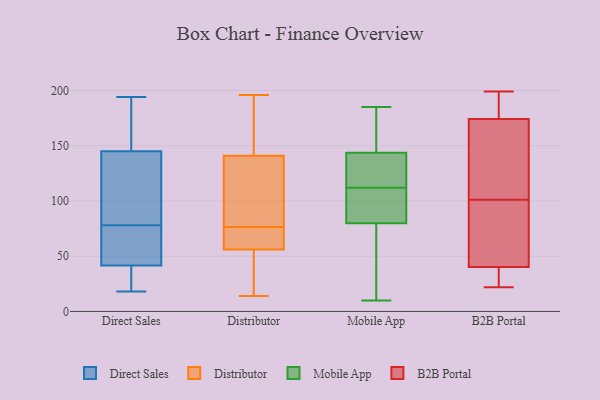
{"axis": {"x": "Shipments", "y": "Value"}, "legend": ["B2B Portal", "Direct Sales", "Distributor", "Mobile App"], "data": [{"x": "", "y": 104, "type": "Direct Sales"}, {"x": "", "y": 20, "type": "Direct Sales"}, {"x": "", "y": 18, "type": "Direct Sales"}, {"x": "", "y": 77, "type": "Direct Sales"}, {"x": "", "y": 50, "type": "Direct Sales"}, {"x": "", "y": 36, "type": "Direct Sales"}, {"x": "", "y": 132, "type": "Direct Sales"}, {"x": "", "y": 51, "type": "Direct Sales"}, {"x": "", "y": 194, "type": "Direct Sales"}, {"x": "", "y": 34, "type": "Direct Sales"}, {"x": "", "y": 162, "type": "Direct Sales"}, {"x": "", "y": 79, "type": "Direct Sales"}, {"x": "", "y": 33, "type": "Direct Sales"}, {"x": "", "y": 172, "type": "Direct Sales"}, {"x": "", "y": 186, "type": "Direct Sales"}, {"x": "", "y": 116, "type": "Direct Sales"}, {"x": "", "y": 47, "type": "Direct Sales"}, {"x": "", "y": 158, "type": "Direct Sales"}, {"x": "", "y": 66, "type": "Direct Sales"}, {"x": "", "y": 96, "type": "Direct Sales"}, {"x": "", "y": 51, "type": "Distributor"}, {"x": "", "y": 67, "type": "Distributor"}, {"x": "", "y": 98, "type": "Distributor"}, {"x": "", "y": 97, "type": "Distributor"}, {"x": "", "y": 74, "type": "Distributor"}, {"x": "", "y": 55, "type": "Distributor"}, {"x": "", "y": 79, "type": "Distributor"}, {"x": "", "y": 14, "type": "Distributor"}, {"x": "", "y": 196, "type": "Distributor"}, {"x": "", "y": 111, "type": "Distributor"}, {"x": "", "y": 57, "type": "Distributor"}, {"x": "", "y": 171, "type": "Distributor"}, {"x": "", "y": 72, "type": "Distributor"}, {"x": "", "y": 172, "type": "Distributor"}, {"x": "", "y": 36, "type": "Distributor"}, {"x": "", "y": 177, "type": "Distributor"}, {"x": "", "y": 155, "type": "Mobile App"}, {"x": "", "y": 101, "type": "Mobile App"}, {"x": "", "y": 95, "type": "Mobile App"}, {"x": "", "y": 185, "type": "Mobile App"}, {"x": "", "y": 65, "type": "Mobile App"}, {"x": "", "y": 10, "type": "Mobile App"}, {"x": "", "y": 136, "type": "Mobile App"}, {"x": "", "y": 174, "type": "Mobile App"}, {"x": "", "y": 112, "type": "Mobile App"}, {"x": "", "y": 123, "type": "Mobile App"}, {"x": "", "y": 70, "type": "Mobile App"}, {"x": "", "y": 83, "type": "Mobile App"}, {"x": "", "y": 140, "type": "Mobile App"}, {"x": "", "y": 101, "type": "B2B Portal"}, {"x": "", "y": 22, "type": "B2B Portal"}, {"x": "", "y": 188, "type": "B2B Portal"}, {"x": "", "y": 163, "type": "B2B Portal"}, {"x": "", "y": 34, "type": "B2B Portal"}, {"x": "", "y": 199, "type": "B2B Portal"}, {"x": "", "y": 59, "type": "B2B Portal"}, {"x": "", "y": 24, "type": "B2B Portal"}, {"x": "", "y": 151, "type": "B2B Portal"}, {"x": "", "y": 64, "type": "B2B Portal"}, {"x": "", "y": 178, "type": "B2B Portal"}]}